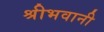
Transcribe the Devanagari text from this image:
श्रीभवानी